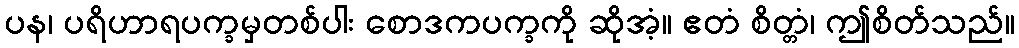
ပန၊ ပရိဟာရပက္ခမှတစ်ပါး စောဒကပက္ခကို ဆိုအံ့။ ဧတံ စိတ္တံ၊ ဤစိတ်သည်။